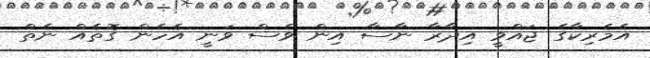
އެމެރިކާގެ ޖައްވީ އިދާރާ ނާސާ އިން ވެސް ވަނީ އެހެން ގޮތެއް ނެތް